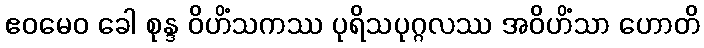
ဧဝမေဝ ခေါ စုန္ဒ ဝိဟိံသကဿ ပုရိသပုဂ္ဂလဿ အဝိဟိံသာ ဟောတိ